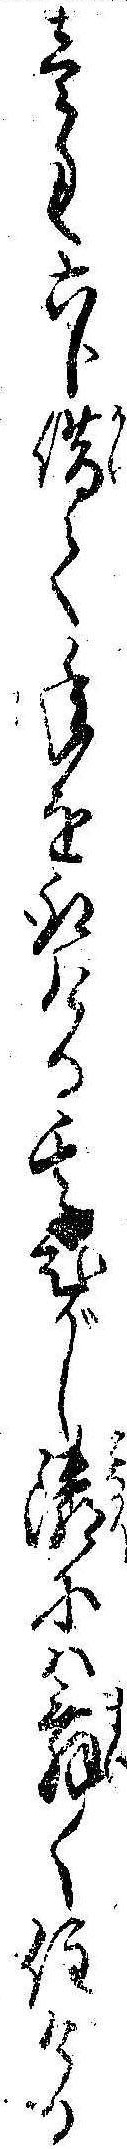
壱匁六分借て年を取ける其ひがし隣には舞〱住ける